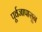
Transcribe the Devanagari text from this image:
पूर्वजापासून